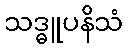
သဒ္ဓူပနိသံ